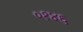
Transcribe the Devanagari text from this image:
०१४६